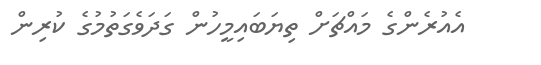
އެއުރެންގެ މައްޗަށް ތިޔަބައިމީހުން ގަދަވެގަތުމުގެ ކުރިން